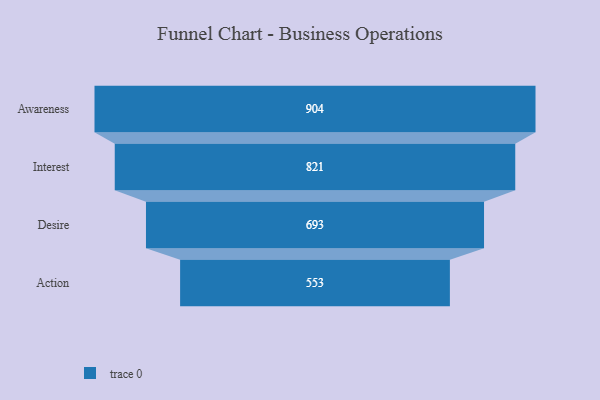
{"axis": {"x": "Stage", "y": "Value"}, "legend": [""], "data": [{"x": "Awareness", "y": 904.0, "type": ""}, {"x": "Interest", "y": 821.0, "type": ""}, {"x": "Desire", "y": 693.0, "type": ""}, {"x": "Action", "y": 553.0, "type": ""}]}